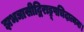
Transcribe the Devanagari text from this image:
झभञासीद्विराड्रूपचिदात्मनः।